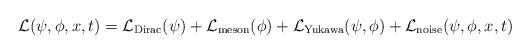
LaTeX: \begin{align*} \mathcal L(\psi, \phi, x, t) = \mathcal L_{\mathrm{Dirac}}(\psi) + \mathcal L_{\mathrm{meson}}(\phi) + \mathcal L_{\mathrm{Yukawa}}(\psi,\phi) + \mathcal L_{\mathrm{noise}}(\psi, \phi, x, t)\end{align*}